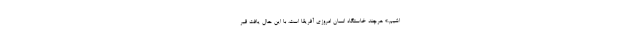
اشیم.» هرچند خاستگاه انسان امروزی آفریقا است، با این حال یافت قبر